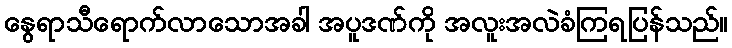
နွေရာသီရောက်လာသောအခါ အပူဒဏ်ကို အလူးအလဲခံကြရပြန်သည်။